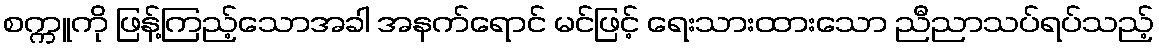
စက္ကူကို ဖြန့်ကြည့်သောအခါ အနက်ရောင် မင်ဖြင့် ရေးသားထားသော ညီညာသပ်ရပ်သည့်